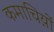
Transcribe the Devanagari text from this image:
कमाचिय़ों